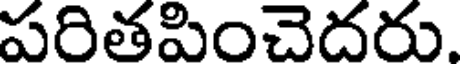
పరితపించెదరు.